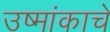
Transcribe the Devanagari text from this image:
उष्मांकाचे